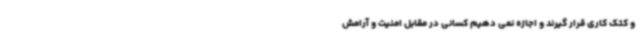
و کتک کاری قرار گیرند و اجازه نمی دهیم کسانی در مقابل امنیت و آرامش